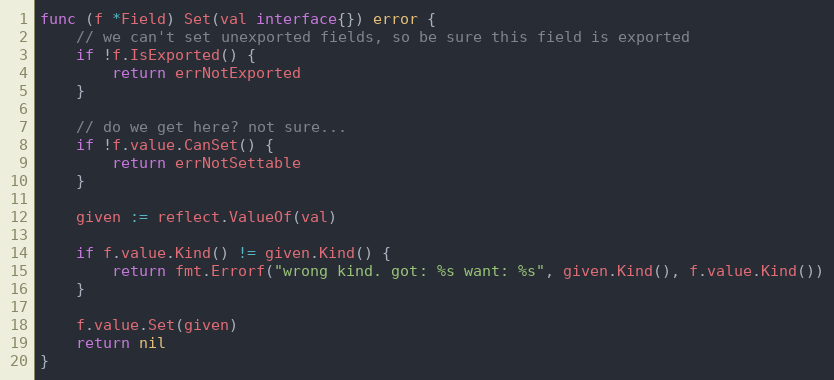
Language: Go
func (f *Field) Set(val interface{}) error {
	// we can't set unexported fields, so be sure this field is exported
	if !f.IsExported() {
		return errNotExported
	}

	// do we get here? not sure...
	if !f.value.CanSet() {
		return errNotSettable
	}

	given := reflect.ValueOf(val)

	if f.value.Kind() != given.Kind() {
		return fmt.Errorf("wrong kind. got: %s want: %s", given.Kind(), f.value.Kind())
	}

	f.value.Set(given)
	return nil
}